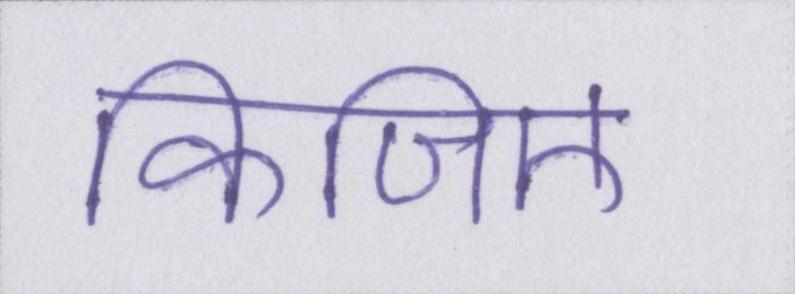
किजिए